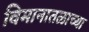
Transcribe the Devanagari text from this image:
विमानातळाच्या